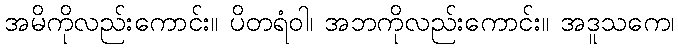
အမိကိုလည်းကောင်း။ ပိတရံဝါ၊ အဘကိုလည်းကောင်း။ အဒူသကေ၊